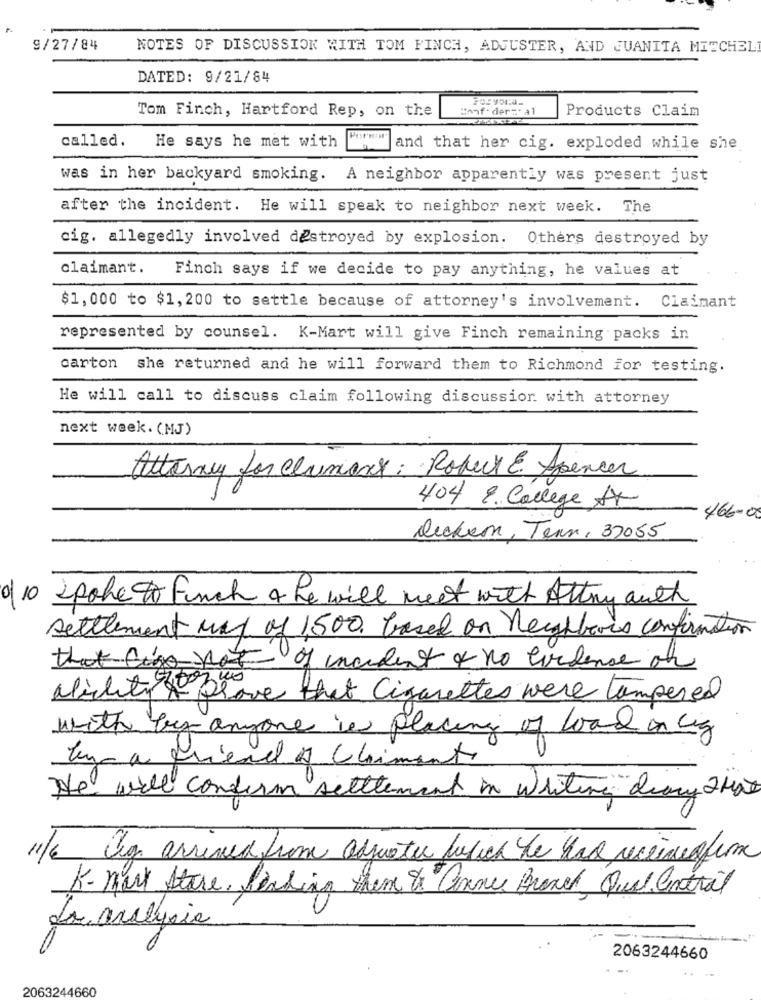
9/27/84
NOTES OF DISCUSSION WITH TOM FINCH, ADJUSTER, AND JUANITA MITCHEL
DATED: 9/21/84
Conf- dert al
Products Claim
Tom Finch, Hartford Rep, on the
called.
He says he met with
and that her cig. exploded while she
was in her backyard smoking. A neighbor apparently was present just
after the incident. He will speak to neighbor next week. The
cig. allegedly involved destroyed by explosion. Others destroyed by
claimant.
Finch says if we decide to pay anything, he values at
$1,000 to $1,200 to settle because of attorney's involvement. Claimant
represented by counsel. K-Mart will give Finch remaining packs in
carton she returned and he will forward them to Richmond for testing.
He will call to discuss claim following discussion with attorney
next week. (MJ)
Attorney for Clumany: Robert & Spencer
404 E. College AX
466.00
Decken, Tenn, 37055
of 10 spoke to Funch & he will meet with Attmy anth
settlement May of 1500. based on Neighbors confirmation
that ligo not of incident & no wordence on
ability to Prove that Cigarettes were tampered
with by anyone is placing of load on lig
Em a friend of chimente
He will confirm settlement in writing diary that
"/6 Og arrived from adjuster butich he has receivedfim
K- mart Stare, Pending them & anne Brand, Qual Central
La analysis
2063244660
2063244660